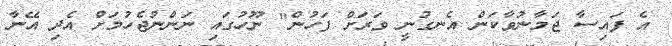
އެ ފައިސާ ޖަމާނުވާކަން އެނގުނީ ވަރަށް ފަހުން" ނޫހުގައި ނަންނުޖެހުމަށް އެދި އޭނާ